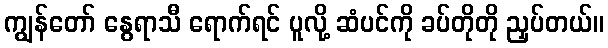
ကျွန်တော် နွေရာသီ ရောက်ရင် ပူလို့ ဆံပင်ကို ခပ်တိုတို ညှပ်တယ်။